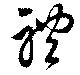
軆